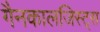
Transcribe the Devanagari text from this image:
गैनकालजिस्ट्स